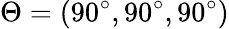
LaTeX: \Theta=(90^{\circ},90^{\circ},90^{\circ})